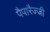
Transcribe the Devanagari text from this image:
पैपारैज्जी